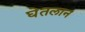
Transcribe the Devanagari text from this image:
घेतलान